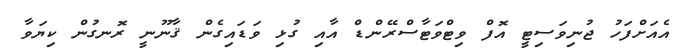
އެއަށްފަހު ޖުނިވަސިޓީ އޮފް ވިޓްވަޓާސްރޭންޑް އާއި ގުޅި ވަޑައިގެން ޤާނޫނީ ރޮނގުން ކިޔަވާ